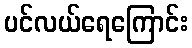
ပင်လယ်ရေကြောင်း